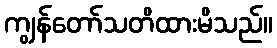
ကျွန်တော်သတိထားမိသည်။